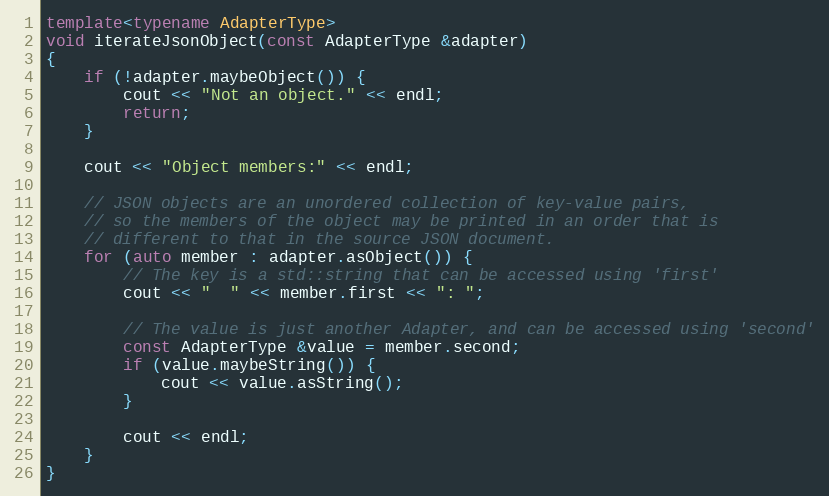
Language: C++
template<typename AdapterType>
void iterateJsonObject(const AdapterType &adapter)
{
    if (!adapter.maybeObject()) {
        cout << "Not an object." << endl;
        return;
    }

    cout << "Object members:" << endl;

    // JSON objects are an unordered collection of key-value pairs,
    // so the members of the object may be printed in an order that is
    // different to that in the source JSON document.
    for (auto member : adapter.asObject()) {
        // The key is a std::string that can be accessed using 'first'
        cout << "  " << member.first << ": ";

        // The value is just another Adapter, and can be accessed using 'second'
        const AdapterType &value = member.second;
        if (value.maybeString()) {
            cout << value.asString();
        }

        cout << endl;
    }
}